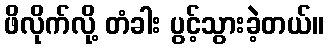
ဖိလိုက်လို့ တံခါး ပွင့်သွားခဲ့တယ်။